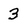
Character: 3